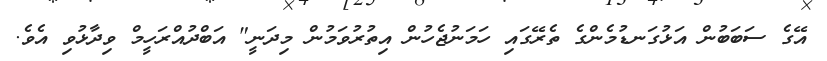
އޭގެ ސަބަބުން އަޅުގަނޑުމެންގެ ތެރޭގައި ހަމަނުޖެހުން އިތުރުވަމުން މިދަނީ" އަބްދުއްރަހީމް ވިދާޅުވި އެވެ.